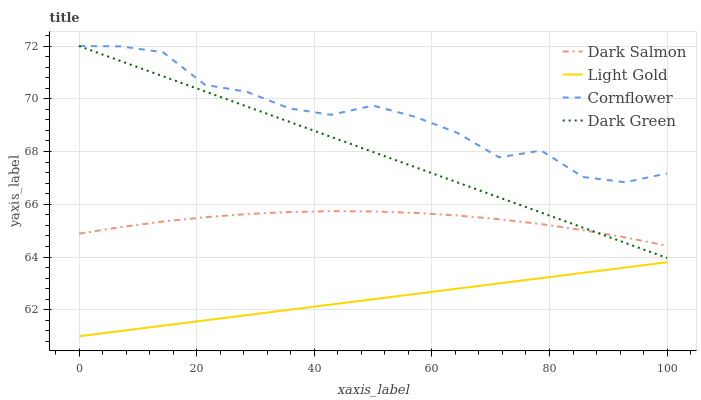
| xaxis_label | Dark Salmon | Light Gold | Cornflower | Dark Green |
 | --- | --- | --- | --- | --- |
 | 0 | 64.9 | 61 | 72 | 72 |
 | 7.14 | 65.1 | 61.2 | 72 | 71.4 |
 | 14.3 | 65.3 | 61.4 | 71.8 | 70.9 |
 | 21.4 | 65.5 | 61.6 | 70.5 | 70.3 |
 | 28.6 | 65.6 | 61.8 | 70.3 | 69.7 |
 | 35.7 | 65.7 | 62 | 69.6 | 69.1 |
 | 42.9 | 65.7 | 62.2 | 69.4 | 68.6 |
 | 50 | 65.7 | 62.4 | 69.7 | 68 |
 | 57.1 | 65.7 | 62.6 | 69.3 | 67.4 |
 | 64.3 | 65.6 | 62.8 | 68.7 | 66.8 |
 | 71.4 | 65.4 | 63 | 67.8 | 66.3 |
 | 78.6 | 65.2 | 63.2 | 68 | 65.7 |
 | 85.7 | 65 | 63.4 | 67 | 65.1 |
 | 92.9 | 64.7 | 63.6 | 66.8 | 64.5 |
 | 100 | 64.4 | 63.8 | 67.2 | 64 |